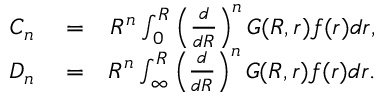
\begin{array} { r l r } { \displaystyle C _ { n } } & { { } = } & { R ^ { n } \int _ { 0 } ^ { R } \left( \frac { d } { d R } \right) ^ { n } G ( R , r ) f ( r ) d r , } \\ { \displaystyle D _ { n } } & { { } = } & { R ^ { n } \int _ { \infty } ^ { R } \left( \frac { d } { d R } \right) ^ { n } G ( R , r ) f ( r ) d r . } \end{array}